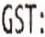
GST: